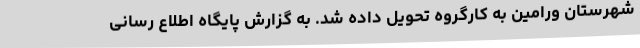
شهرستان ورامین به کارگروه تحویل داده شد. به گزارش پایگاه اطلاع رسانی